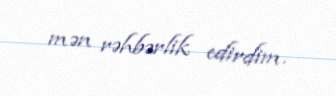
mən rəhbərlik edirdim.